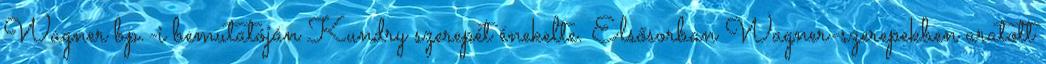
Wagner bp.-i bemutatóján Kundry szerepét énekelte. Elsősorban Wagner-szerepekben aratott